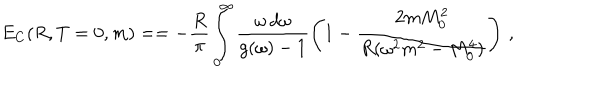
E _ { C } ( R , T = 0 , m ) = = - \frac { R } { \pi } \int _ { 0 } ^ { \infty } \frac { \omega \, d \omega } { g ( \omega ) - 1 } \left( 1 - \frac { 2 m M _ { 0 } ^ { 2 } } { R ( \omega ^ { 2 } m ^ { 2 } - M _ { 0 } ^ { 4 } ) } \right) \, { , }